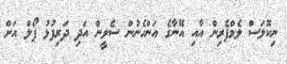
ނިކޮލަސް ލެމްޕެރިން އާއި އޭނާގެ އަންހެނުން ސެލީން އަދި ދަރިފުޅު ޕޯލް އަށް